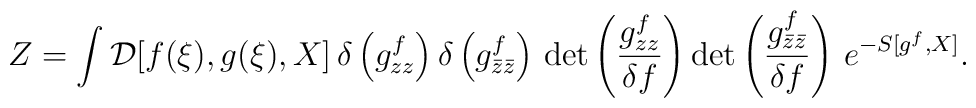
Z = \int {\cal D}[f(\xi),g(\xi),X] \,\delta \left( g_{zz}^{f} \right)\delta \left( g_{\bar{z}\bar{z}}^{f} \right) \, {\rm det}\left( \frac{g_{zz}^{f}}{\delta f} \right) {\rm det}\left( \frac{g_{\bar{z}\bar{z}}^{f}}{\delta f} \right) \, e^{-S[g^{f},X]}.